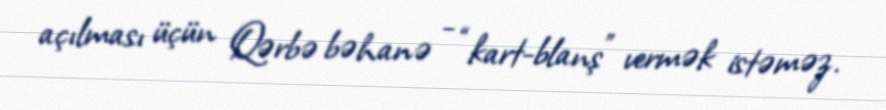
açılması üçün Qərbə bəhanə - “kart-blanş” vermək istəməz.